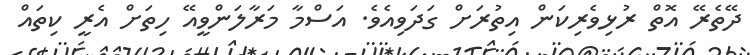
ދޭތެރޭ އޮތް ރުޅިވެރިކަން އިތުރަށް ގަދަވިއެވެ. އަސްމާ މަރާލަންވީއޭ ހިތަށް އެރީ ކިތައް